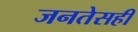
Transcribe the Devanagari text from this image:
जनतेसही